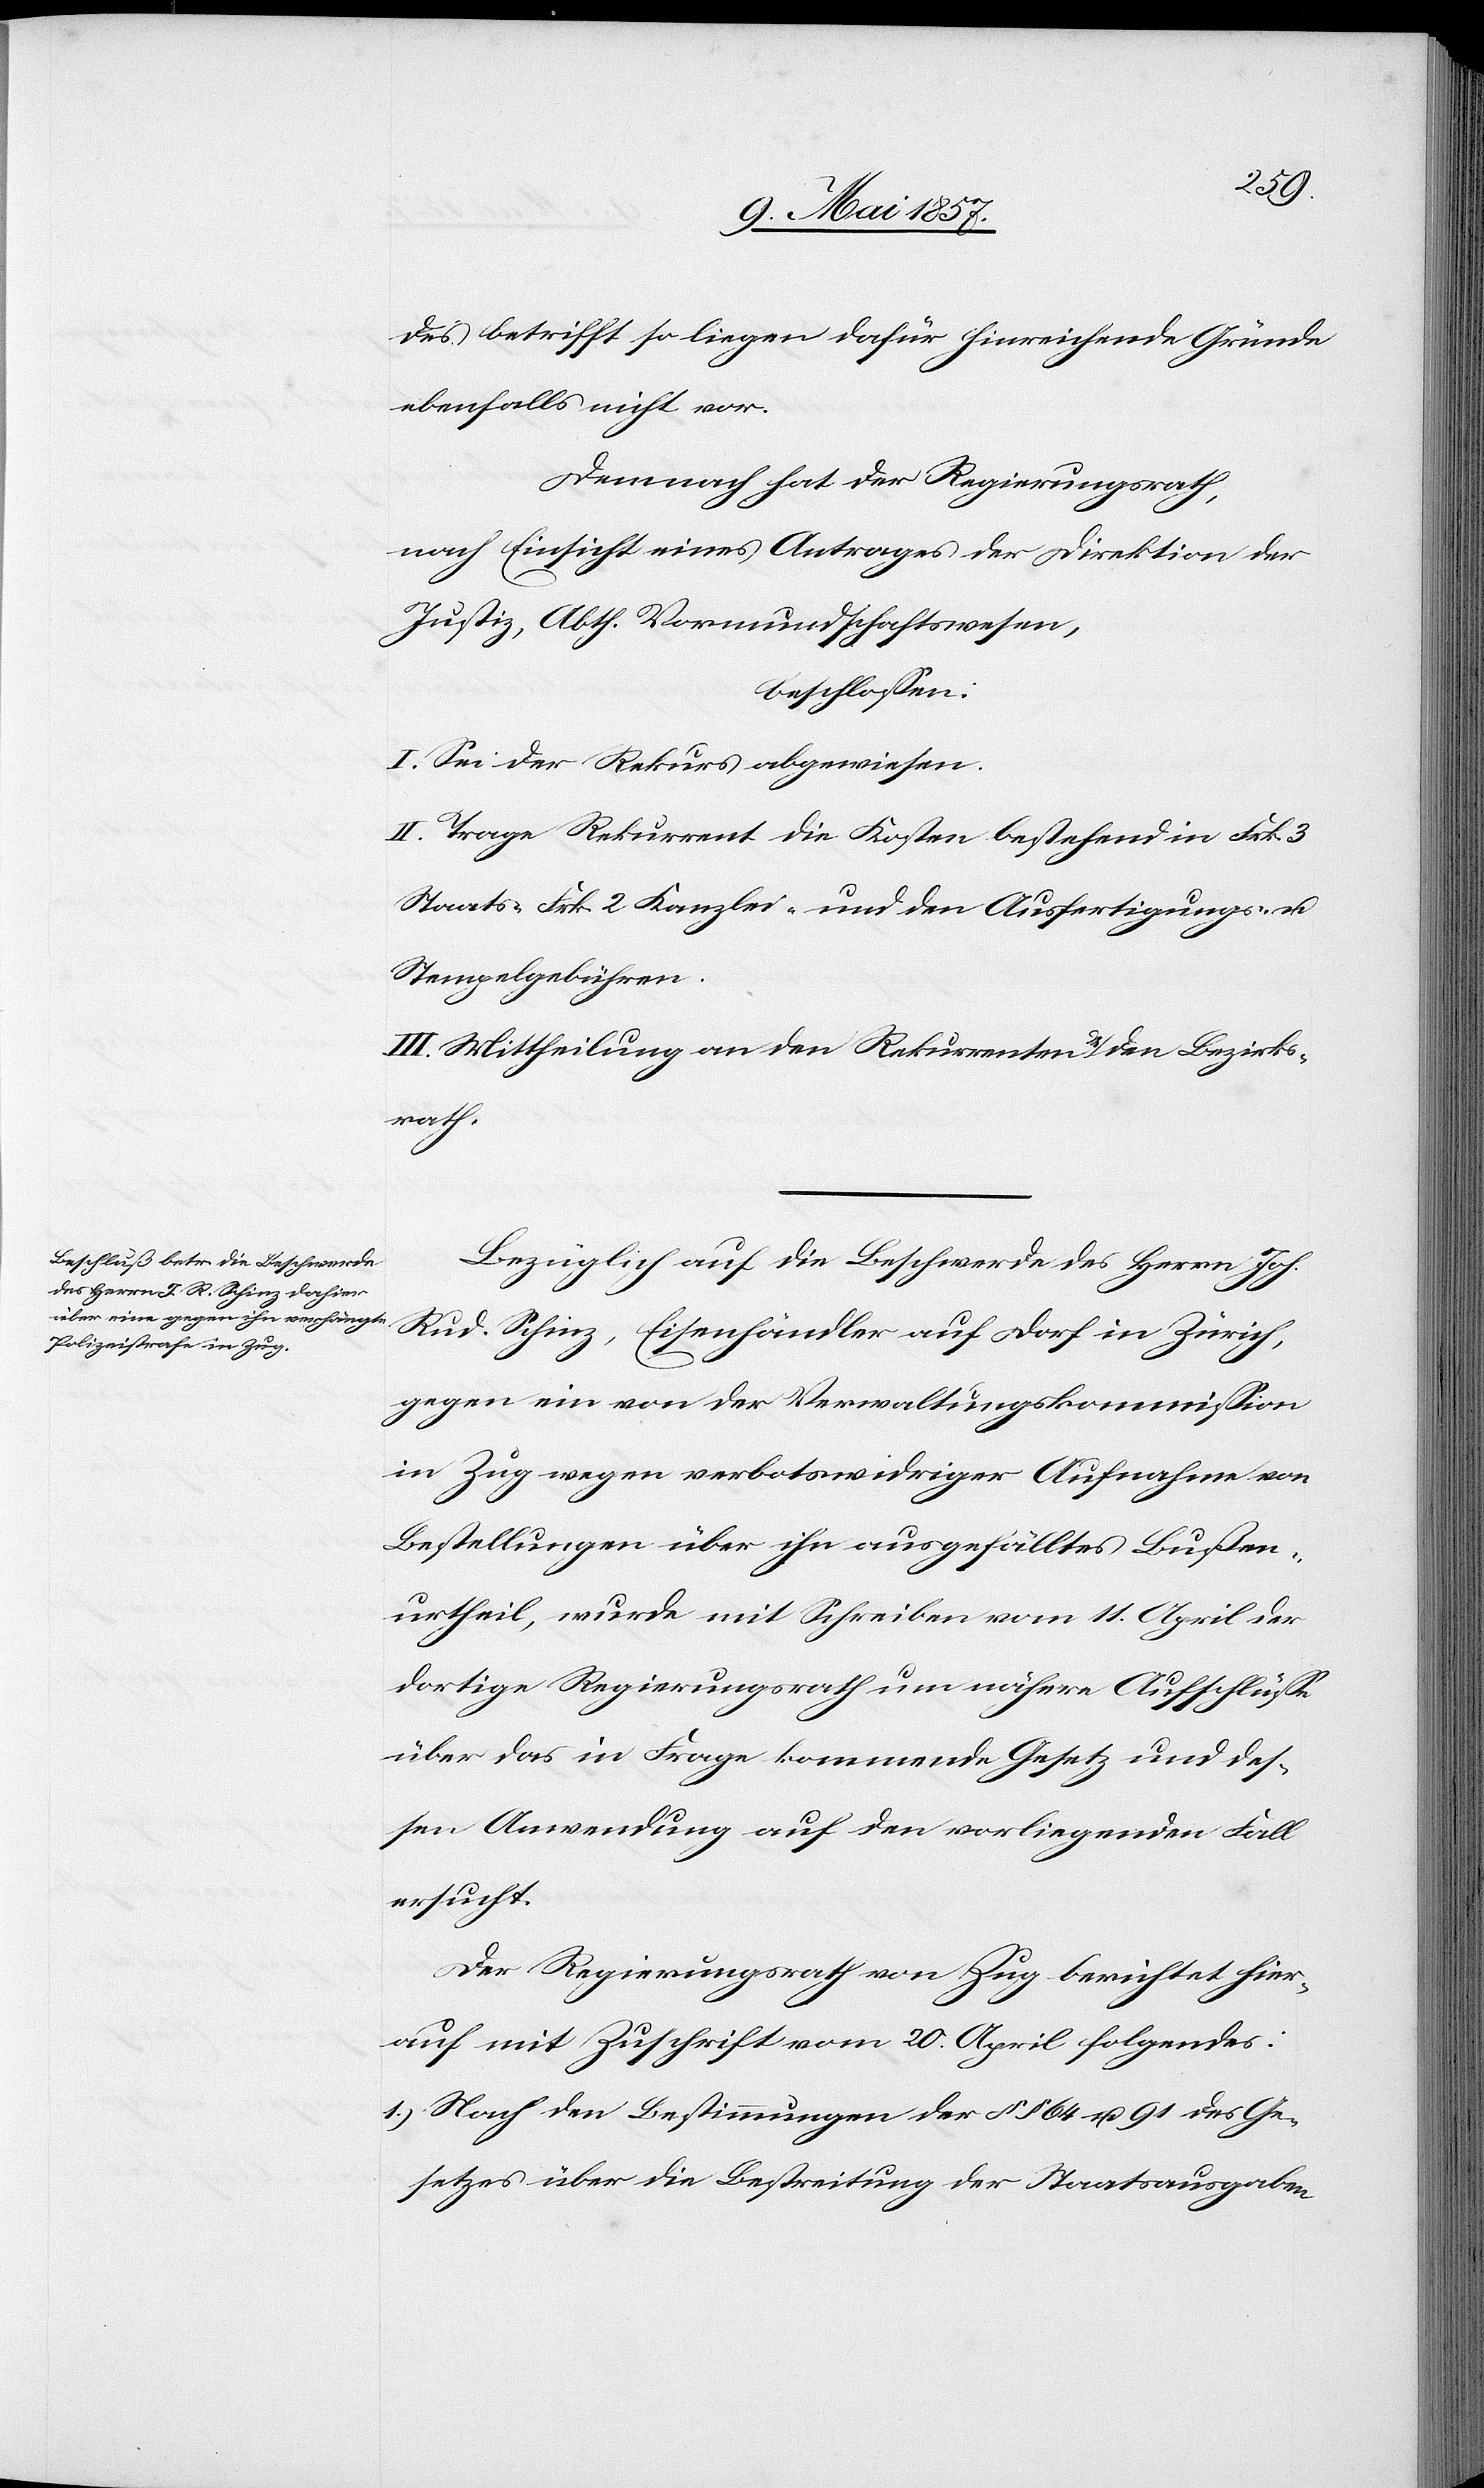
des betrifft so liegen dafür hinreichende Gründe
ebenfalls nicht vor.
Demnach hat der Regierungsrath,
nach Einsicht eines Antrages der Direktion der
Justiz, Abth. Vormundschaftswesen,
beschlossen:
I. Sei der Rekurs abgewiesen.
II. Trage Rekurrent die Kosten bestehend in Frk. 3
Staats- Frk 2 Kanzlei- und den Ausfertigungs- u.
Stempelgebühren.
III. Mittheilung an den Rekurrenten u. den Bezirks¬
rath.
Bezüglich auf die Beschwerde des Herrn Joh.
Rud. Schinz, Eisenhändler auf Dorf in Zürich,
gegen ein von der Verwaltungskommission
in Zug wegen verbotswidriger Aufnahme von
Bestellungen über ihn ausgefälltes Bußen¬
urtheil, wurde mit Schreiben vom 11 April der
dortige Regierungsrath um nähere Aufschlüsse
über das in Frage kommende Gesetz und des¬
sen Anwendung auf den vorliegenden Fall
ersucht.
Der Regierungsrath von Zug berichtet hier¬
auf mit Zuschrift vom 20 April folgendes:
1.) Nach den Bestimmungen der §§ 64 u. 91 des Ge¬
setzes über die Bestreitung der Staatsausgaben